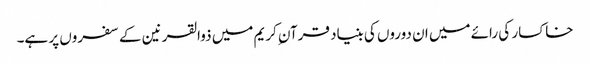
خاکسار کی رائے میں ان دوروں کی بنیاد قرآن ِکریم میں ذوالقرنین کے سفروں پر ہے۔